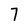
Character: 7